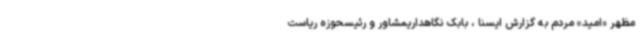
مظهر «امید» مردم به گزارش ایسنا ، بابک نگاهداریمشاور و رئیسحوزه ریاست